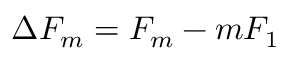
\Delta F _ { m } = F _ { m } - m F _ { 1 }